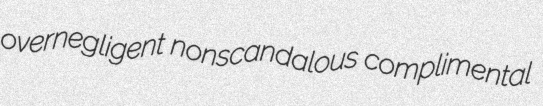
overnegligent nonscandalous complimental